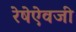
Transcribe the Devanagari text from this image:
रेषेऐवजी